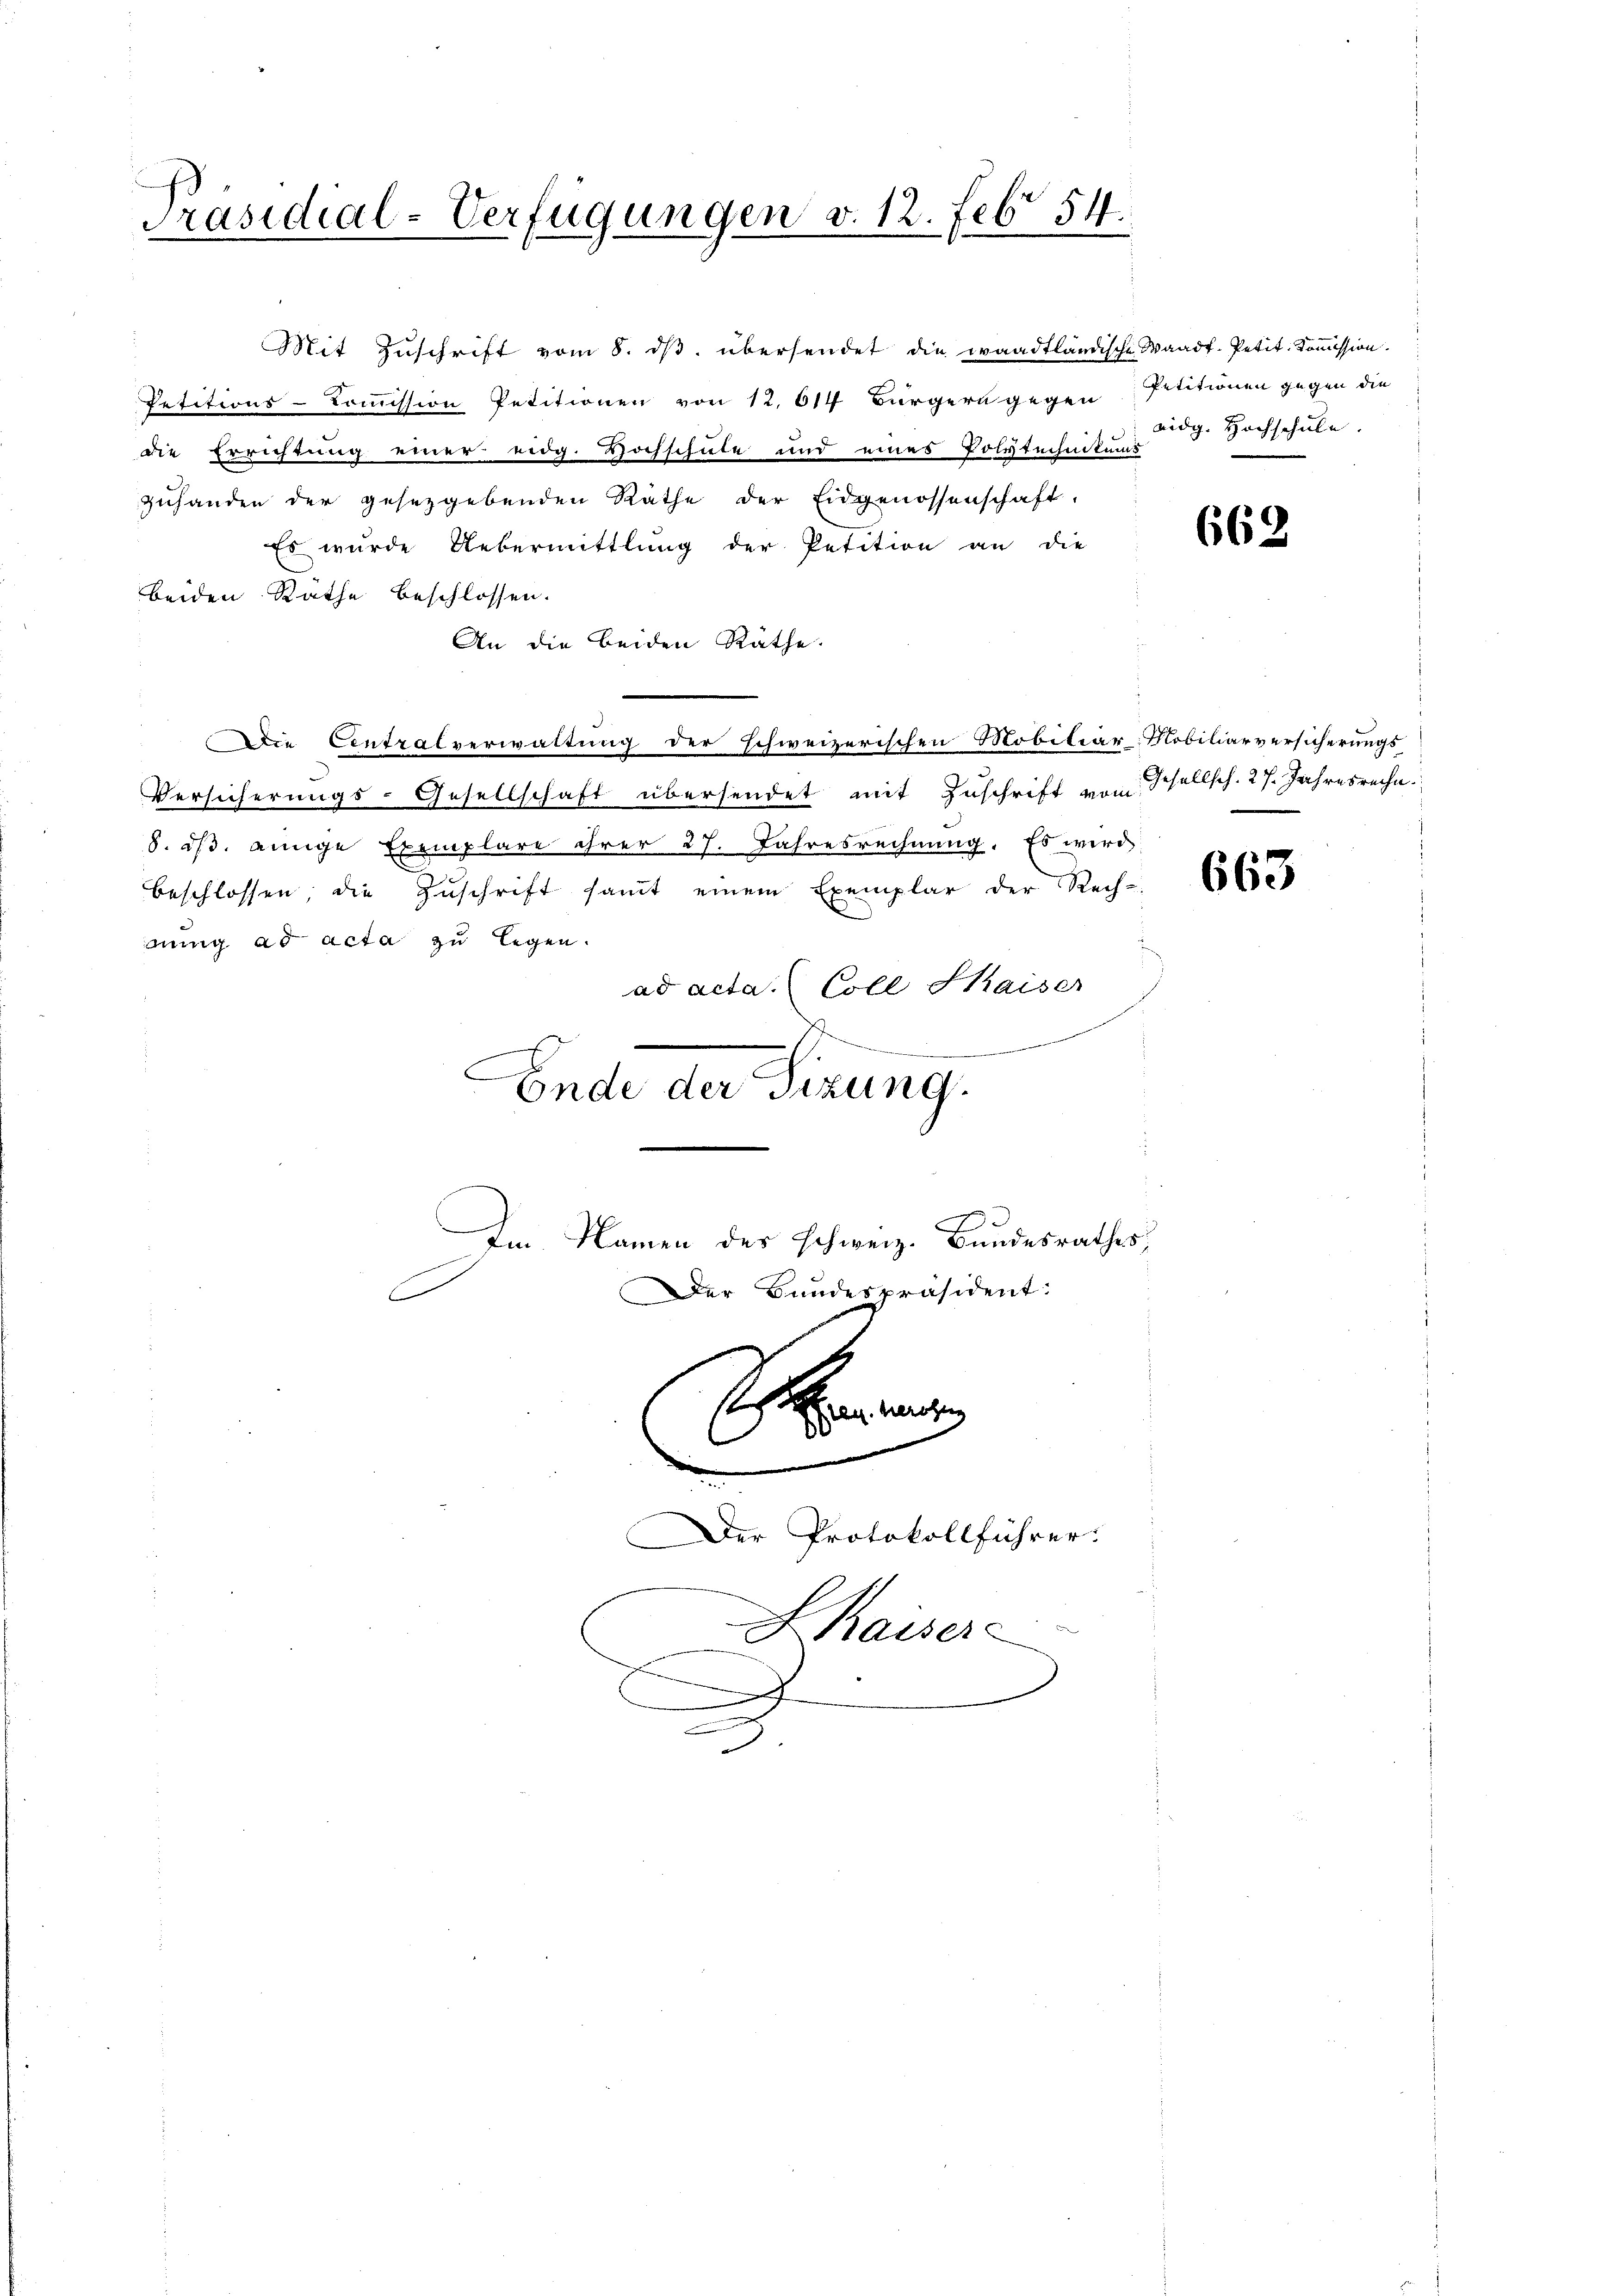
Präsidial-Verfügungen v. 12. Feb 54.

Mit Zuschrift vom 8. ds. übersendet die waadtländische Waadt. Petit. Kommission.
Petitions-Commission Petitionen von 12, 614 Bürgern gegen Petitionen gegen die
die Errichtung einer eidg. Hochschule und eines Polytechnikums
zuhanden der gesetzgebenden Räthe der Eidgenossenschaft.
Es wurde Uebermittlung der Petition an die
beiden Rathe beschlossen.
An die beiden Räthe.
Die Centralverwaltung der schweizerischen Mobiliar-Mobiliarversicherungs-
Versicherungs-Gesellschaft übersendet mit Zuschrift von Schellsch. 27. Jahresrechn
8. dβ. einige Exemplare ihrer 27. Jahresrechnŭng. Es wird
.
beschlossen, die Zŭschrift samt einem Exemplar der Rech-
annig ad acta zu legen.
ad acta Coll Kaiser
.
Ende der Sitzung.
Im Namen des Schweiz. Bundesrathes,
Der Bundespräsident:
f
.
.............

Der Protokollführer.
Kaiser
.
e

eidg. Hochschule.

669

663